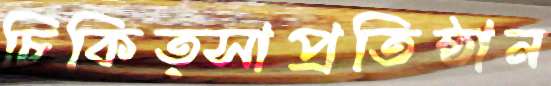
চিকিত্সাপ্রতিষ্ঠান